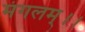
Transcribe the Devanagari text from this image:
मंगलम्।।